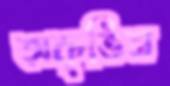
অকৃত্তিম